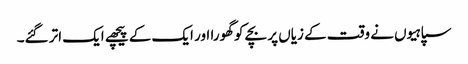
سپاہیوں نے وقت کے زیاں پر بچے کو گھورا اور ایک کے پیچھے ایک اتر گئے۔